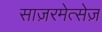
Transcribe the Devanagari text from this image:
साज़रमेत्सेज़